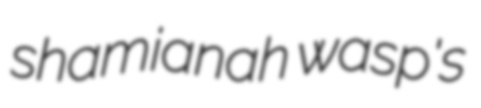
shamianah wasp's